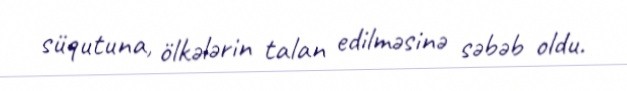
süqutuna, ölkələrin talan edilməsinə səbəb oldu.